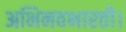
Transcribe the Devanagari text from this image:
अभिनवभारती।